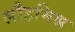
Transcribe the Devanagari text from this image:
लौहमिश्र